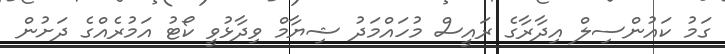
ގަމު ކައުންސިލް އިދާރާގެ ރައީސް މުހައްމަދު ޝިޔާމް ވިދާޅުވީ ކޯޓު އަމުރެއްގެ ދަށުން